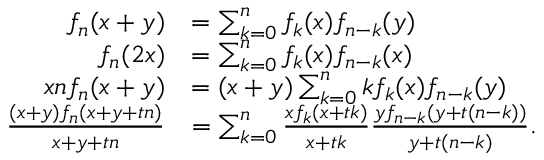
{ \begin{array} { r l } { f _ { n } ( x + y ) } & { = \sum _ { k = 0 } ^ { n } f _ { k } ( x ) f _ { n - k } ( y ) } \\ { f _ { n } ( 2 x ) } & { = \sum _ { k = 0 } ^ { n } f _ { k } ( x ) f _ { n - k } ( x ) } \\ { x n f _ { n } ( x + y ) } & { = ( x + y ) \sum _ { k = 0 } ^ { n } k f _ { k } ( x ) f _ { n - k } ( y ) } \\ { { \frac { ( x + y ) f _ { n } ( x + y + t n ) } { x + y + t n } } } & { = \sum _ { k = 0 } ^ { n } { \frac { x f _ { k } ( x + t k ) } { x + t k } } { \frac { y f _ { n - k } ( y + t ( n - k ) ) } { y + t ( n - k ) } } . } \end{array} }